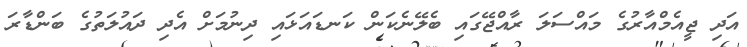
އަދި ޖީއެމްއާރުގެ މައްސަލަ ރާއްޖޭގައި ބެލޭނެކަން ކަނޑައަޅައި ދިނުމަށް އެދި ދައުލަތުގެ ބަންޑާރަ